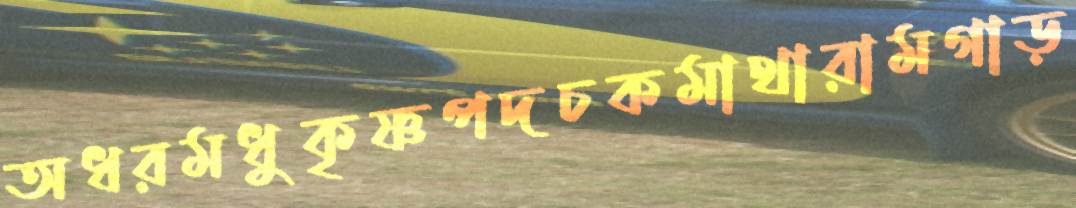
অধরমধুকৃষ্ণপদচকমাথারামগাড়